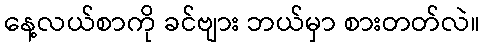
နေ့လယ်စာကို ခင်ဗျား ဘယ်မှာ စားတတ်လဲ။